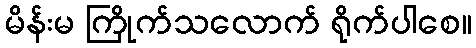
မိန်းမ ကြိုက်သလောက် ရိုက်ပါစေ။